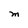
Character: M